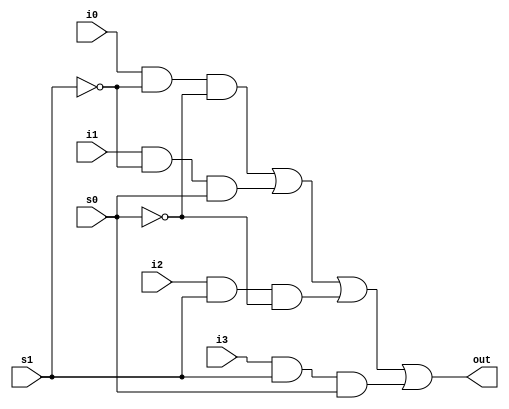
//implemented with logic gates

module mux4to1(out,i0,i1,i2,i3,s0,s1);

	//ports declarations
	output out;
	input i0,i1,i2,i3;
	input s0,s1;
	
	//internal wires
	wire y0,y1,y2,y3;
	wire s0n,s1n;
	
	//gates instantiations
	
	not(s1n,s1);
	not(s0n,s0);
	
	and (y0, i0, s1n, s0n);
	and (y1, i1, s1n, s0);
	and (y2, i2, s1, s0n);
	and (y3, i3, s1, s0);
	
	or (out, y0, y1, y2, y3);	
	
endmodule